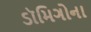
ડૉમિગોના